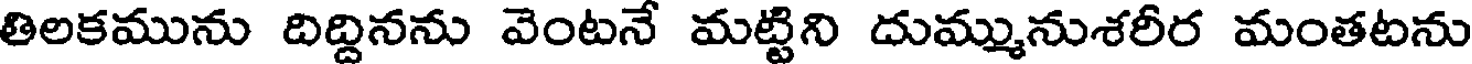
తిలకమును దిద్దినను వెంటనే మట్టిని దుమ్మునుశరీర మంతటను